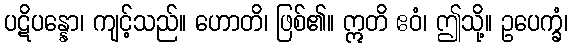
ပဋိပန္နော၊ ကျင့်သည်။ ဟောတိ၊ ဖြစ်၏။ ဣတိ ဧဝံ၊ ဤသို့။ ဥပေက္ခံ၊